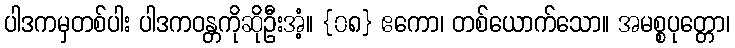
ပါဒကမှတစ်ပါး ပါဒကဝန္တကိုဆိုဦးအံ့။ {၀၈} ဧကော၊ တစ်ယောက်သော။ အမစ္စပုတ္တော၊